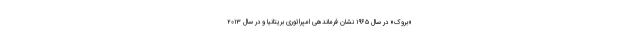
«بروک» در سال ۱۹۶۵ نشان فرماندهی امپراتوری بریتانیا و در سال ۲۰۱۳